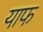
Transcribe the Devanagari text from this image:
याफ